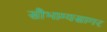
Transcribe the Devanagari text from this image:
सौभाग्यसागर